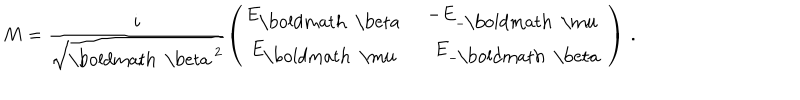
LaTeX: M = \frac { i } { \sqrt { { \mathrm { \boldmath ~ \ b e t a ~ } } ^ { 2 } } } \left( \begin{matrix} { { E _ { \mathrm { \boldmath ~ \ b e t a ~ } } } } & { { - E _ { - { \mathrm { \boldmath ~ \ m u ~ } } } } } \\ { { E _ { \mathrm { \boldmath ~ \ m u ~ } } } } & { { \, \, \, E _ { - { \mathrm { \boldmath ~ \ b e t a ~ } } } } } \\ \end{matrix} \right) \, .